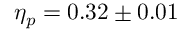
\eta _ { p } = 0 . 3 2 \pm 0 . 0 1